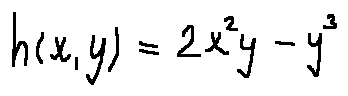
h ( x , y ) = 2 x ^ { 2 } y - y ^ { 3 }